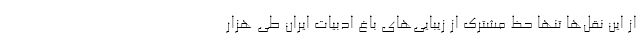
از این نقل‌ها تنها حظ مشترک از زیبایی‌های باغ ادبیات ایران طی هزار